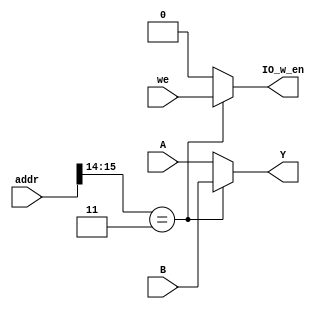
//*********************************************************
 module IOLogic(addr, we, IO_w_en, A, B, Y);
//*********************************************************

 input [15:0] addr, A, B;
 input we;
 output reg [15:0] Y;
 output reg IO_w_en;

 always @(*) begin
	if (addr[15:14] == 2'b11) begin
		Y <= B;
		IO_w_en <= we;
	end else begin
		Y <= A;
		IO_w_en <= 0;
	end
 
 end

 endmodule